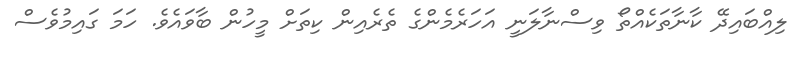
ލިއްބައިދޭ ކާނާތަކެއްތޯ ވިސްނާލަނީ އަހަރެެމެންގެ ތެރެއިން ކިތަށް މީހުން ބާވައެވެ. ހަމަ ގައިމުވެސް